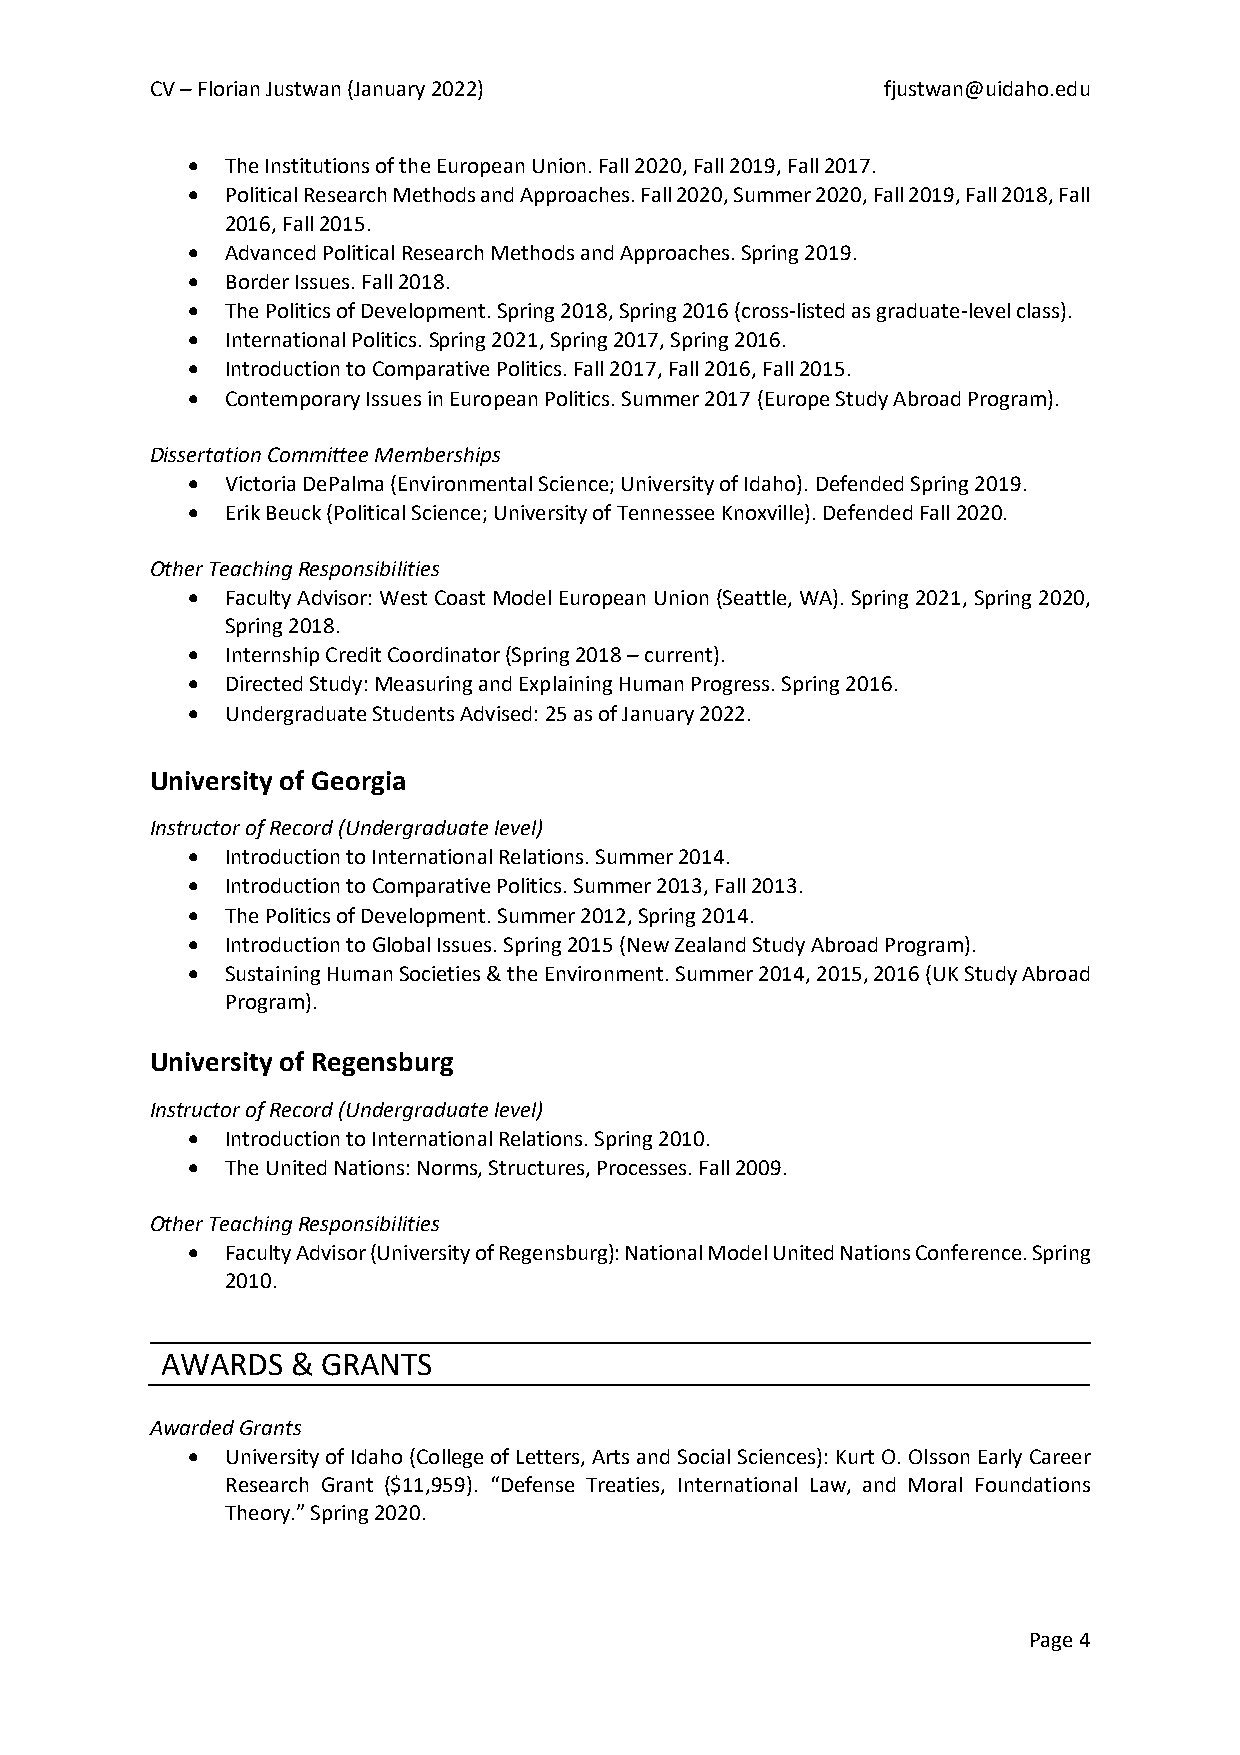
CV – Florian Justwan (January 2022)             fjustwan@uidaho.edu
 •  The Institutions of the European Union. Fall 2020, Fall 2019, Fall 2017.
 •  Political Research Methods and Approaches. Fall 2020, Summer 2020, Fall 2019, Fall 2018, Fall
 2016, Fall 2015.
 •  Advanced Political Research Methods and Approaches. Spring 2019.
 •  Border Issues. Fall 2018.
 •  The Politics of Development. Spring 2018, Spring 2016 (cross-listed as graduate-level class).
 •  International Politics. Spring 2021, Spring 2017, Spring 2016.
 •  Introduction to Comparative Politics. Fall 2017, Fall 2016, Fall 2015.
 •  Contemporary Issues in European Politics. Summer 2017 (Europe Study Abroad Program).
 Dissertation Committee Memberships
 •  Victoria DePalma (Environmental Science; University of Idaho). Defended Spring 2019.
 •  Erik Beuck (Political Science; University of Tennessee Knoxville). Defended Fall 2020.
 Other Teaching Responsibilities
 •  Faculty Advisor: West Coast Model European Union (Seattle, WA). Spring 2021, Spring 2020,
 Spring 2018.
 •  Internship Credit Coordinator (Spring 2018 – current).
 •  Directed Study: Measuring and Explaining Human Progress. Spring 2016.
 •  Undergraduate Students Advised: 25 as of January 2022.
 University of Georgia
 Instructor of Record (Undergraduate level)
 •  Introduction to International Relations. Summer 2014.
 •  Introduction to Comparative Politics. Summer 2013, Fall 2013.
 •  The Politics of Development. Summer 2012, Spring 2014.
 •  Introduction to Global Issues. Spring 2015 (New Zealand Study Abroad Program).
 •  Sustaining Human Societies & the Environment. Summer 2014, 2015, 2016 (UK Study Abroad
 Program).
 University of Regensburg
 Instructor of Record (Undergraduate level)
 •  Introduction to International Relations. Spring 2010.
 •  The United Nations: Norms, Structures, Processes. Fall 2009.
 Other Teaching Responsibilities
 •  Faculty Advisor (University of Regensburg): National Model United Nations Conference. Spring
 2010.
 AWARDS  & GRANTS
 Awarded Grants
 •  University of Idaho (College of Letters, Arts and Social Sciences): Kurt O. Olsson Early Career
 Research Grant ($11,959). “Defense Treaties, International Law, and Moral Foundations
 Theory.” Spring 2020.
 Page 4